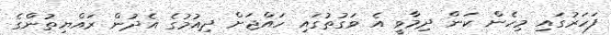
ފަހަރުގައި މިހެން ކަން ދިމާވީ އެ ވަގުތުގައި ހައްޖަށް ދިއުމުގެ އެދުން ރައްޔިތުންގެ